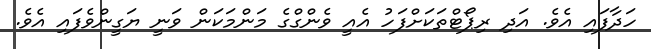
ހަދާފައި އެވެ. އަދި ރިޕޯޓްތަކަށްފަހު އެއީ ވެންގްގެ މަންމަކަން ވަނީ ޔަގީންވެފައި އެވެ.